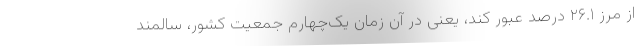
از مرز ۲۶.۱ درصد عبور کند، یعنی در آن زمان یک‌چهارم جمعیت کشور، سالمند